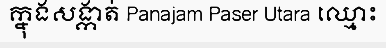
ក្នុងសង្កាត់ Panajam Paser Utara ឈ្មោះ